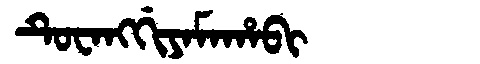
Manchu: ᡨᡠᠸᠠᠩᡤᡳᠶᠠᠮᠠᡥᠠᠪᡳ
Romanization: TUWANGGIYAMAHABI